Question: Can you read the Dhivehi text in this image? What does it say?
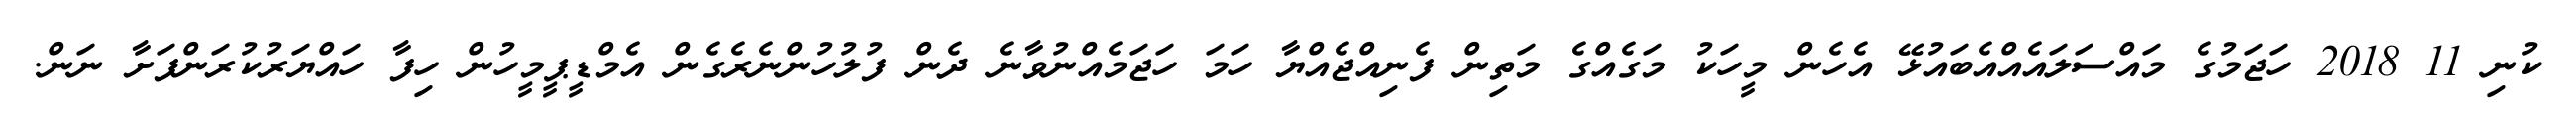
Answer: ކުނި 11 2018 ހަޖަމުގެ މައްސަލައެއްއެބައުޅޭ އެހެން މީހަކު މަގެއްގެ މަތިން ފެނިއްޖެއްޔާ ހަމަ ހަޖަމެއްނުވާނެ ދެން ފުލުހުންނެރެގެން އެމްޑީޕީމީހުން ހިފާ ހައްޔަރުކުރަންފަށާ ނަން.